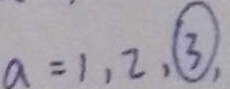
a = 1 , 2 , \textcircled { 3 } ,